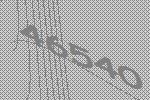
46540